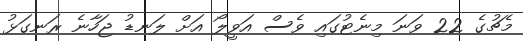
މެޗުގެ 22 ވަނަ މިނެޓުގައި ވެސް އަވީލޯ އަށް ލަނޑު ޖަހާނެ ރަނގަޅު